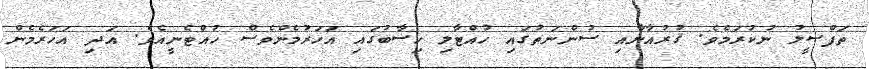
ތަފްޞީލު ނުކުރަމެވެ. ޤުރުއާނާއި ސުންނަތުގައި ހުއްޓާލި ހިސާބުގައި އަހަރުމެންވެސް ހުއްޓެނީއެވެ. އަދި އަހަރެމެން